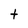
Character: t